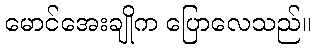
မောင်အေးချိုက ပြောလေသည်။